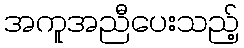
အကူအညီပေးသည့်